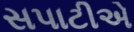
સપાટીએ